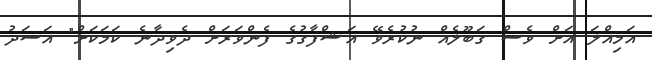
އަމިއްލަ އަށް ވެސް ގަބޫލެއް ނުކުރެވޭ އަޝްފާގުގެ ފެންވަރަށް ދެވިދާނެ ކަމަކަށް" އަސަދު